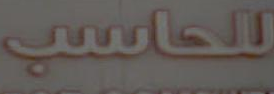
للحاسب